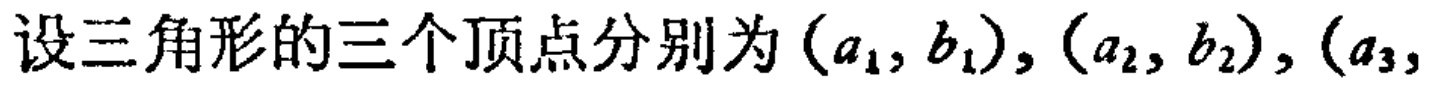
设三角形的三个顶点分别为\((a_{1},b_{1}),(a_{2},b_{2}),(a_{3},\)